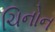
ચિનોન